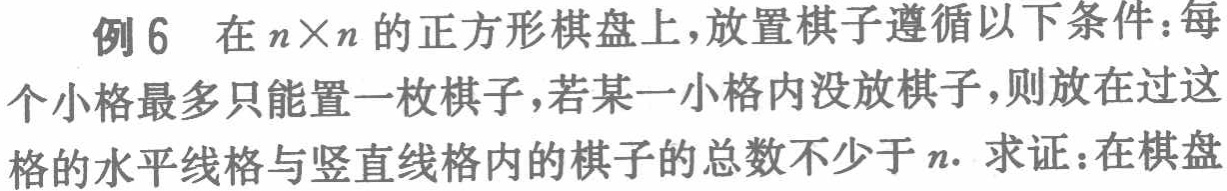
例6 在\(n\times n\)的正方形棋盘上，放置棋子遵循以下条件：每个小格最多只能置一枚棋子，若某一小格内没放棋子，则放在过这个小格的水平线格与竖直线格内的棋子的总数不少于\(n\). 求证：在棋盘